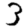
Digit: 3